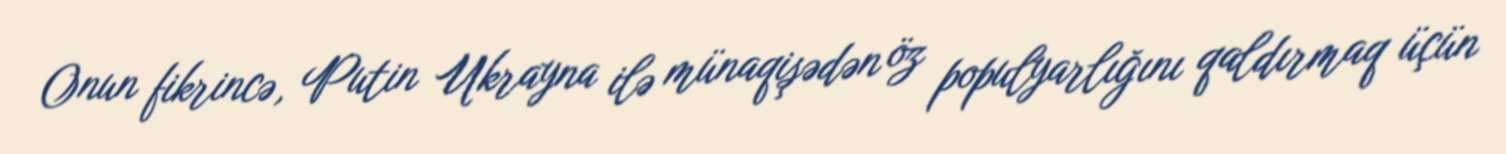
Onun fikrincə, Putin Ukrayna ilə münaqişədən öz populyarlığını qaldırmaq üçün